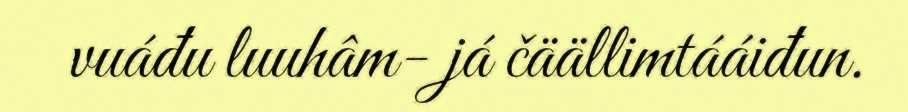
vuáđu luuhâm- já čäällimtááiđun.